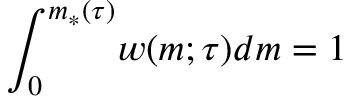
\int _ { 0 } ^ { m _ { * } ( \tau ) } \! w ( m ; \tau ) d m = 1